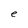
Character: e